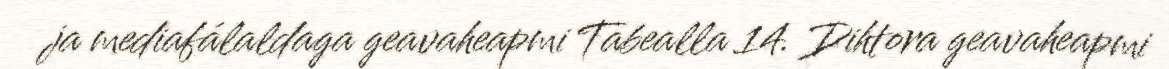
ja mediafálaldaga geavaheapmi Tabealla 14. Dihtora geavaheapmi